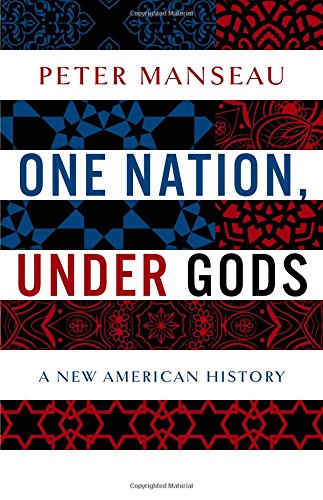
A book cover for One Nation, Under Gods: A New American History; Peter Manseau; Christian Books & Bibles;